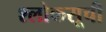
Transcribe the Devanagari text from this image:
श्लोकसूची